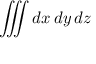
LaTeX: \iiint d x \, d y \, d z